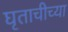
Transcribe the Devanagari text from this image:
घृताचीच्या